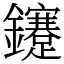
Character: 鑳